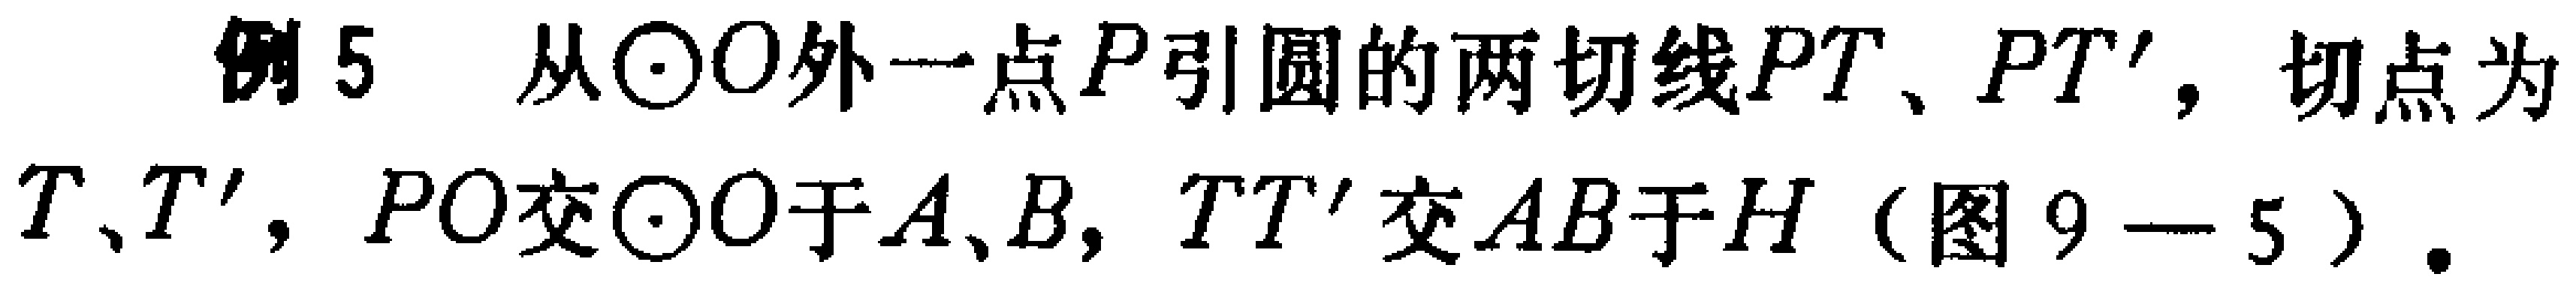
例5 从\(\odot O\)外一点\(P\)引圆的两切线\(PT\)、\(PT'\)，切点为\(T\)、\(T'\)，\(PO\)交\(\odot O\)于\(A\)、\(B\)，\(TT'\)交\(AB\)于\(H\)（图9 - 5）.